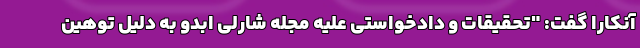
آنکارا گفت: "تحقیقات و دادخواستی علیه مجله شارلی ابدو به دلیل توهین